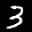
Label: 3